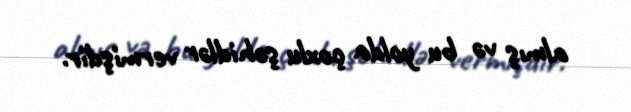
almış və bu yolda çoxlu şəhidlər vermişdir.